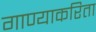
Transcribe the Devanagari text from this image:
गाण्याकरिता